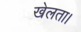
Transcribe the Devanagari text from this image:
खेलता।